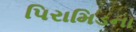
પિરામિડના